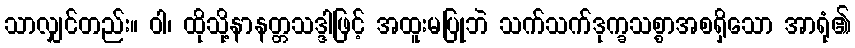
သာလျှင်တည်း။ ဝါ၊ ထိုသို့နာနတ္တသဒ္ဒါဖြင့် အထူးမပြုဘဲ သက်သက်ဒုက္ခသစ္စာအစရှိသော အာရုံ၏